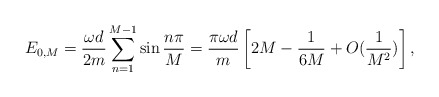
\begin{align*}E_{0,M} = {\omega d\over 2m}\sum_{n=1}^{M-1}\sin{n\pi\over M} = {\pi\omega d\over m}\left[{2}M - {1\over 6M} + O({1\over M^2})\right],\end{align*}